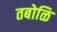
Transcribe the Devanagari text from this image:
तबोळि